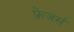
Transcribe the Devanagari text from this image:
फ्रेजर्स